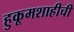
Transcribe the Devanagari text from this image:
हुकूमशाहीची